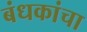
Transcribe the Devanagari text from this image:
बंधकांचा